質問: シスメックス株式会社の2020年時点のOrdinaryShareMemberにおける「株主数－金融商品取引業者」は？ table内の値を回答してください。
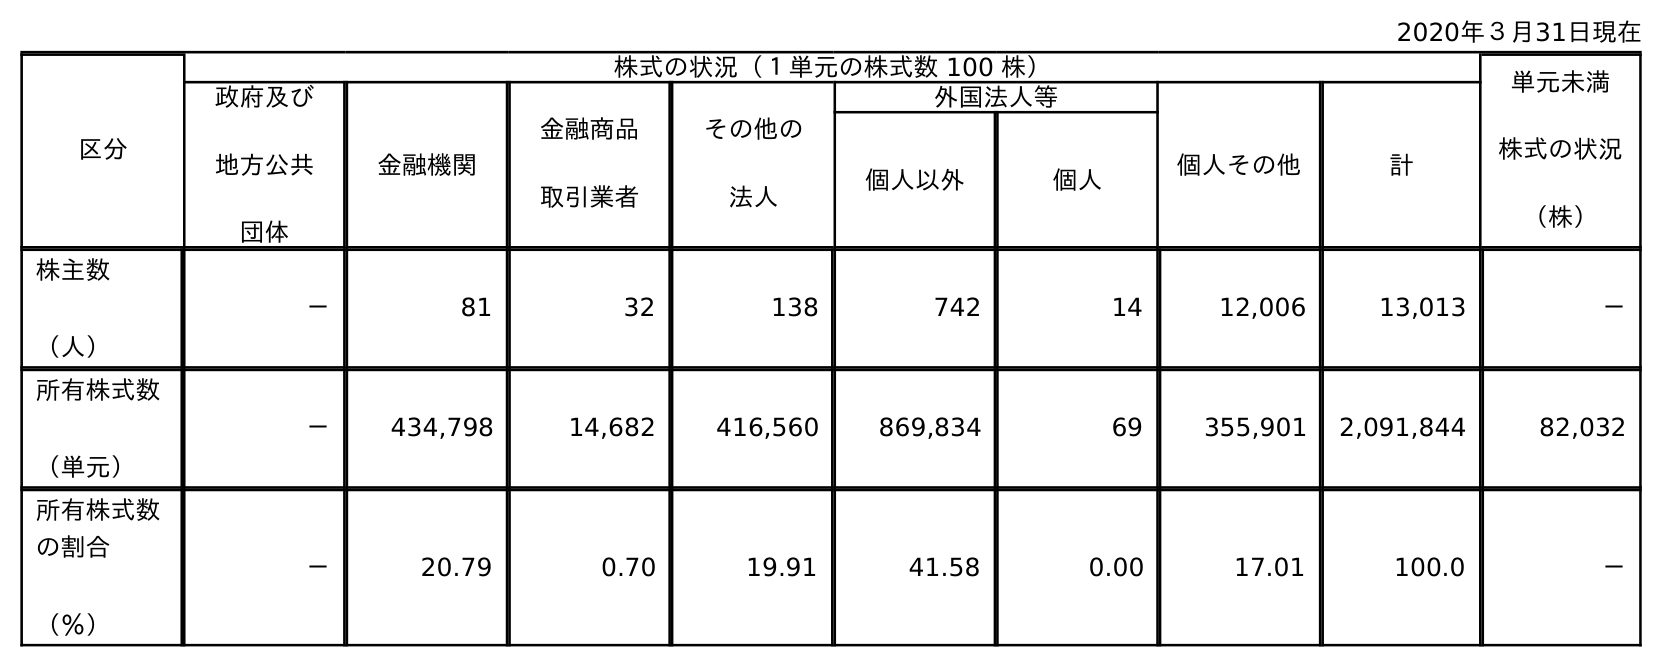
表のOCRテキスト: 2020年３月31日現在 区分 株式の状況（１単元の株式数 100 株） 単元未満 株式の状況 （株） 政府及び 地方公共 団体 金融機関 金融商品 取引業者 その他の 法人 外国法人等 個人その他 計 個人以外 個人 株主数 （人） － 81 32 138 742 14 12,006 13,013 － 所有株式数 （単元） － 434,798 14,682 416,560 869,834 69 355,901 2,091,844 82,032 所有株式数 の割合 （％） － 20.79 0.70 19.91 41.58 0.00 17.01 100.0 －
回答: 32